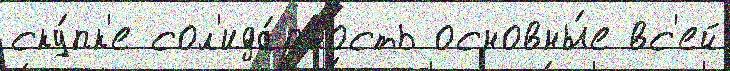
ску́пк'е сол'ида́рность основны́е вс'ей